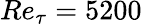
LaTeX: Re_{\tau}=5200